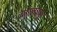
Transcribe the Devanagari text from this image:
जालबपुर